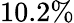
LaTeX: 10.2\%